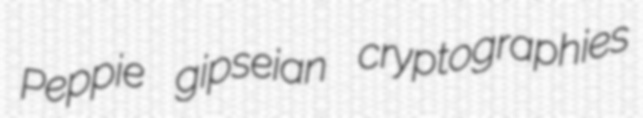
Peppie gipseian cryptographies